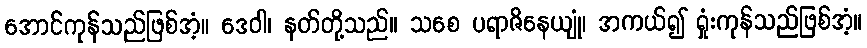
အောင်ကုန်သည်ဖြစ်အံ့။ ဒေဝါ၊ နတ်တို့သည်။ သစေ ပရာဇိနေယျုံ၊ အကယ်၍ ရှုံးကုန်သည်ဖြစ်အံ့။